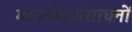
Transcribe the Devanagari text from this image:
मानवीयसंसाधनों